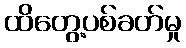
ထိတွေ့ပစ်ခတ်မှု